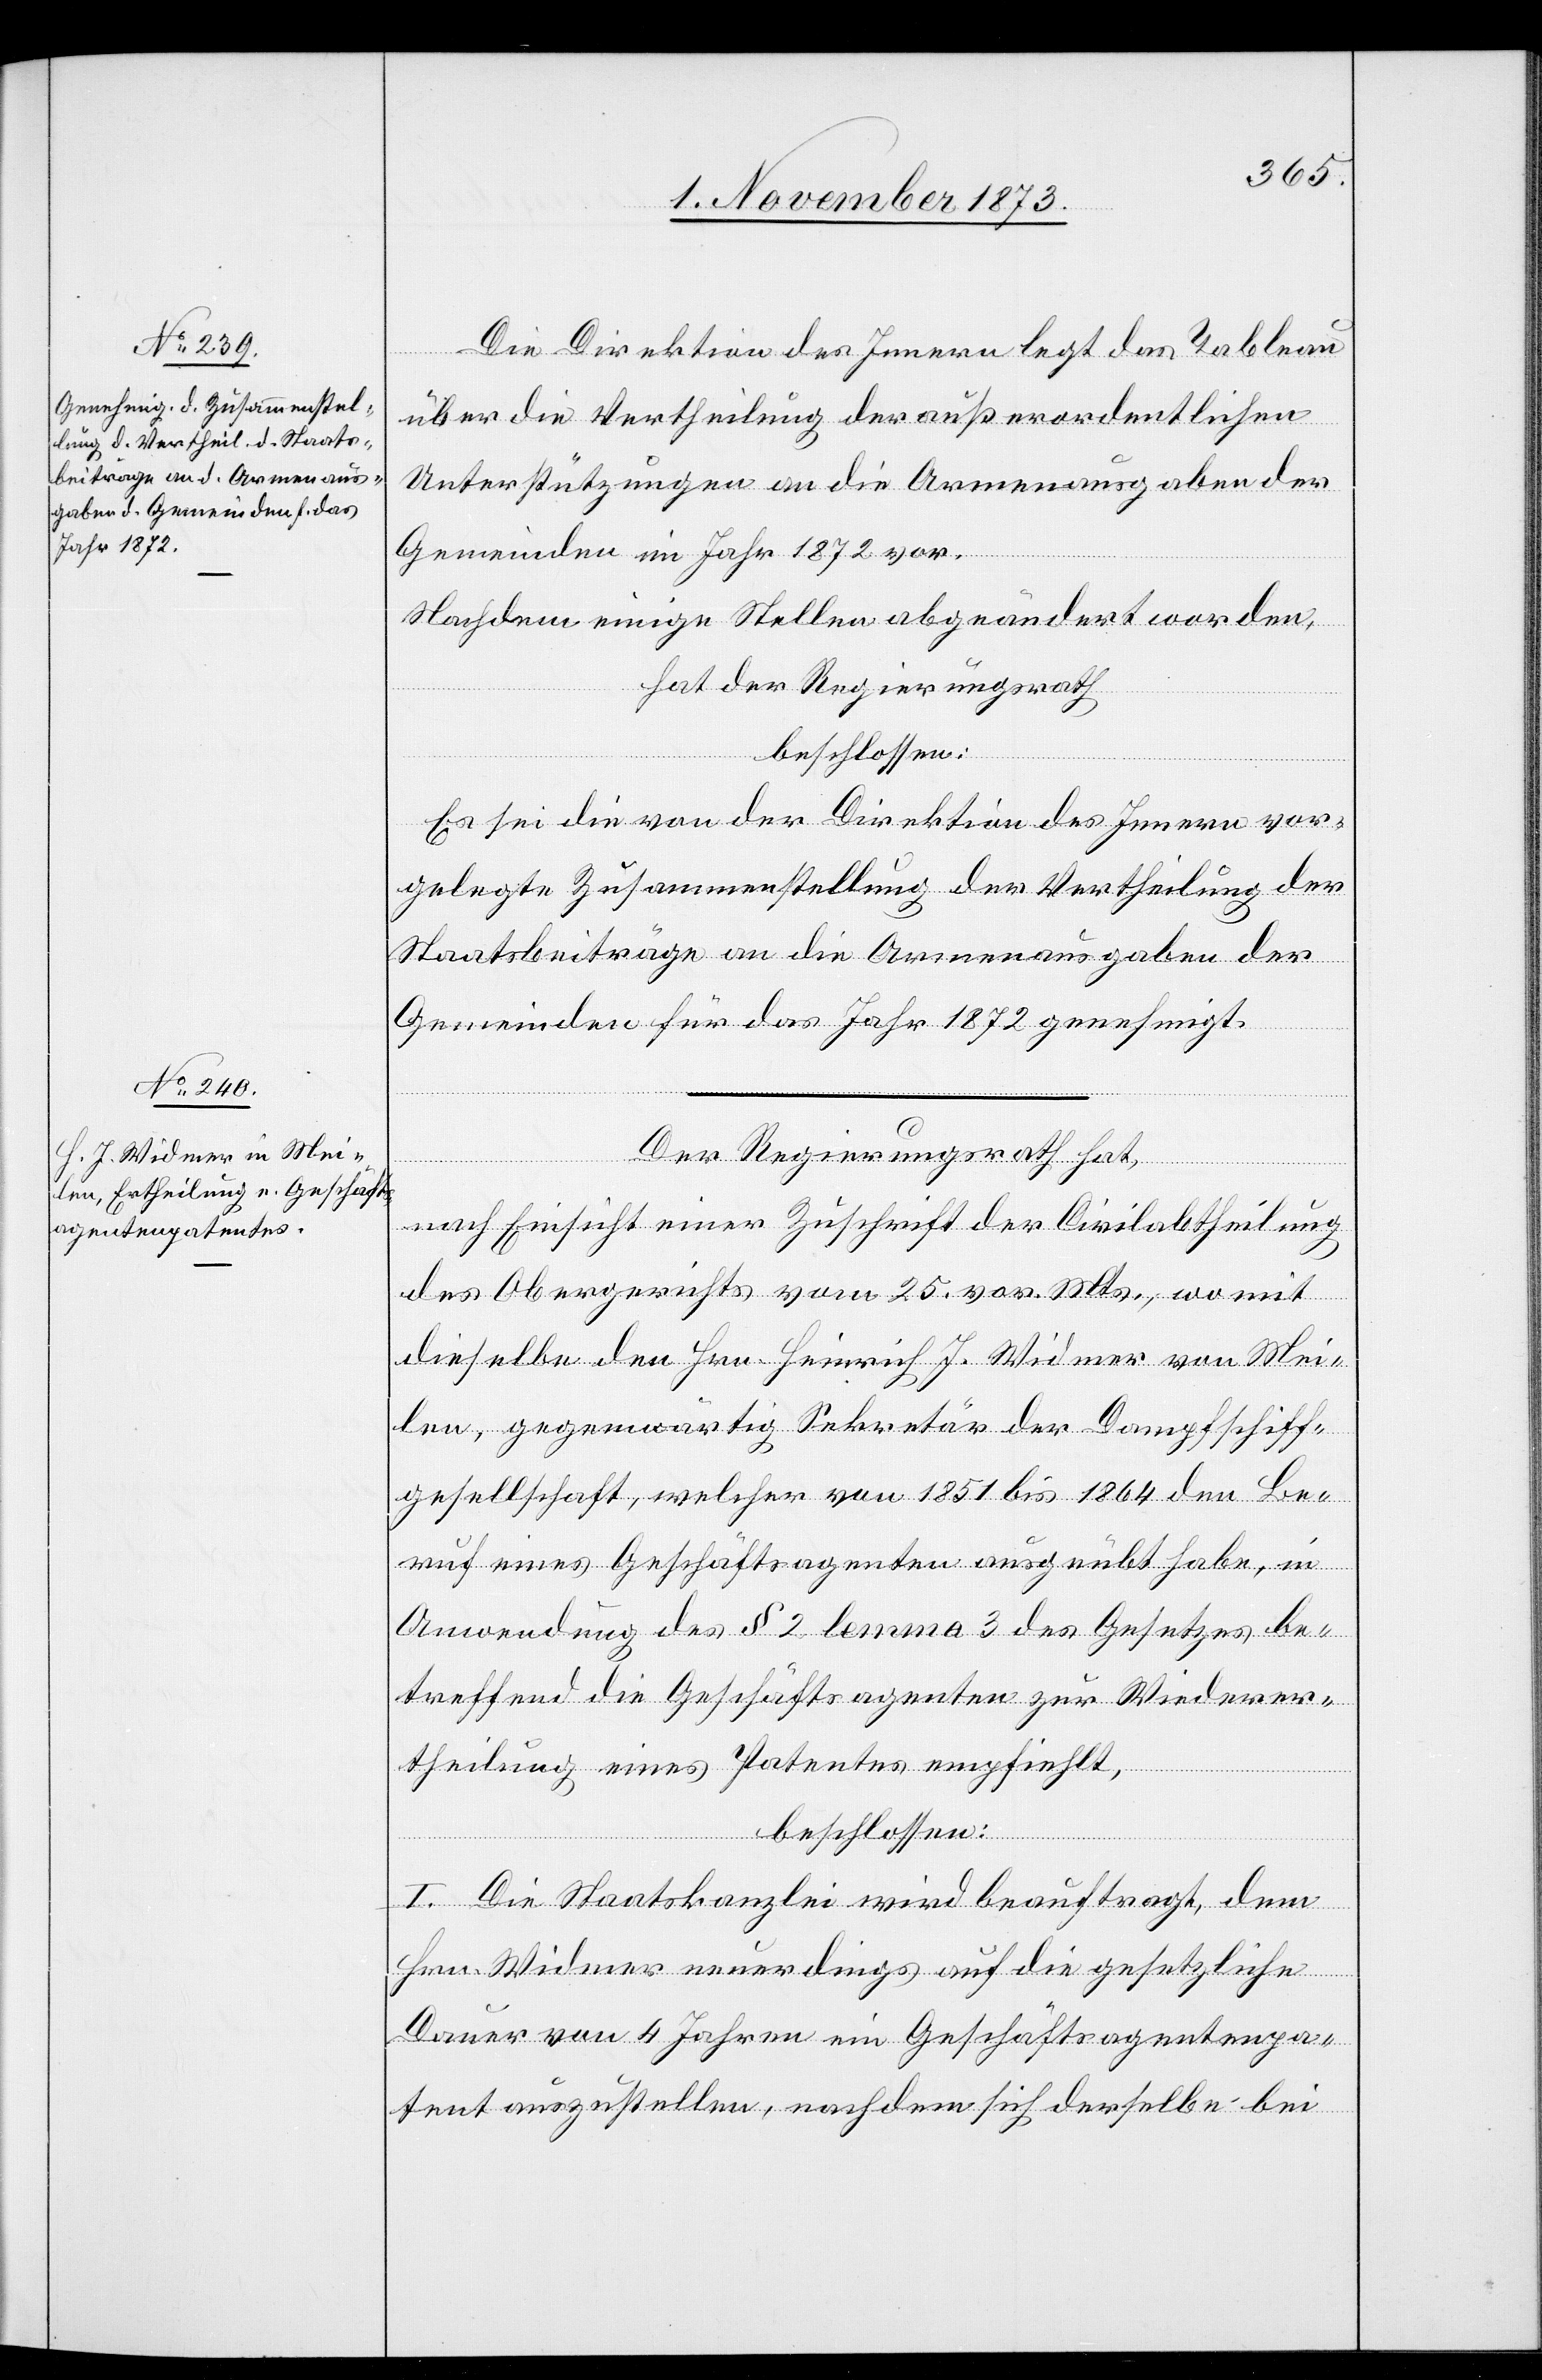
Die Direktion des Innern legt das Tableau
über die Vertheilung der außerordentlichen
Unterstützungen an die Armenausgaben der
Gemeinden im Jahr 1872 vor.
Nachdem einige Stellen abgeändert worden,
hat der Regierungsrath
beschlossen:
Es sei die von der Direktion des Innern vor¬
gelegte Zusammenstellung der Vertheilung der
Staatsbeiträge an die Armenausgaben der
Gemeinden für das Jahr 1872 genehmigt.
Der Regierungsrath hat,
nach Einsicht einer Zuschrift der Civilabtheilung
des Obergerichts vom 25. vor. Mts., womit
dieselbe den Hrn. Heinrich J. Widmer von Mei¬
len, gegenwärtig Sekretär der Dampfschiff¬
gesellschaft, welcher von 1851 bis 1864 den Be¬
ruf eines Geschäftsagenten ausgeübt habe, in
Anwendung des § 2 lemma 3 des Gesetzes be¬
treffend die Geschäftsagenten zur Wiederer¬
theilung eines Patentes empfiehlt,
beschlossen:
I. Die Staabskanzlei wird beauftragt, dem
Hrn. Widmer neuerdings auf die gesetzliche
Dauer von 4 Jahren ein Geschäftsagentenpa¬
tent auszustellen, nachdem sich derselbe bei